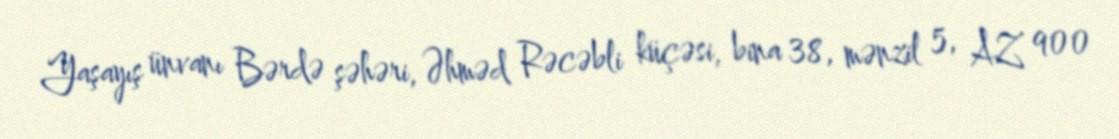
Yaşayış ünvanı Bərdə şəhəri, Əhməd Rəcəbli küçəsi, bina 38, mənzil 5, AZ 900